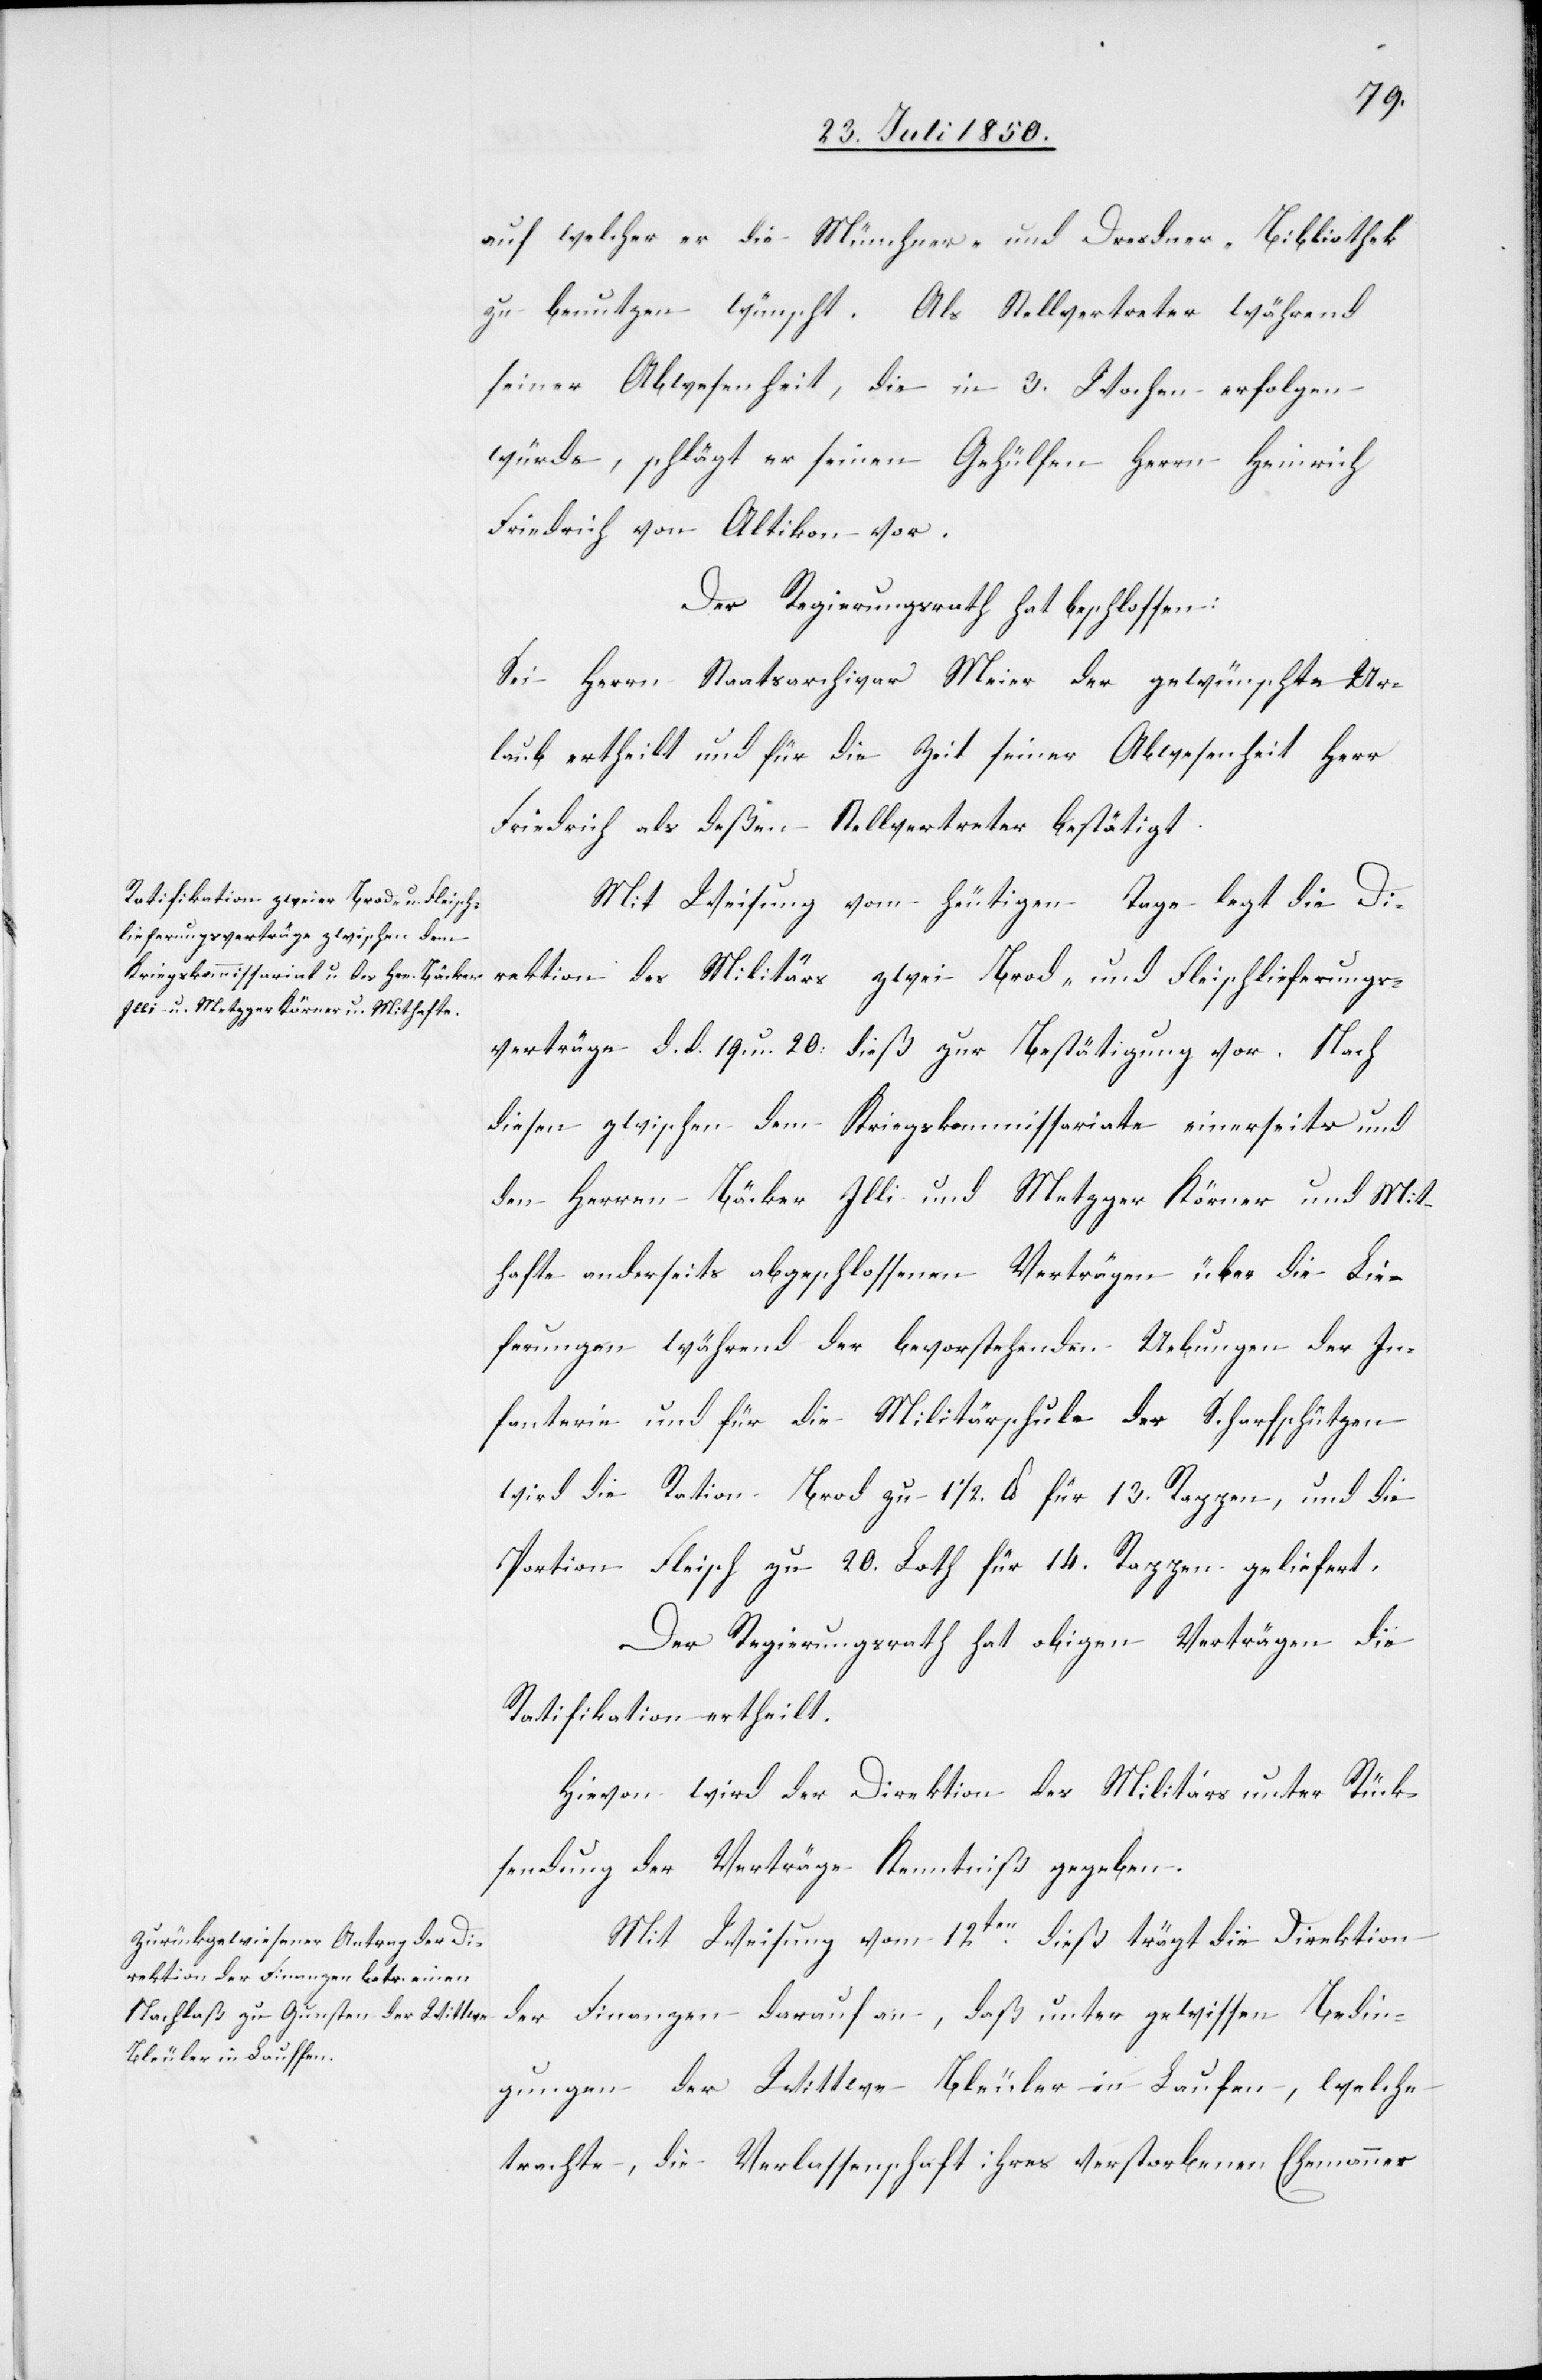
auf welcher er die Münchner- und Dresdner-Bibliothek
zu benutzen wünscht. Als Stellvertreter während
seiner Abwesenheit, die in 3. Wochen erfolgen
würde, schlägt er seinen Gehülfen Herrn Heinrich
Friedrich von Altikon vor.
Der Regierungsrath hat beschlossen:
Sei Herrn Staatsarchivar Meier der gewünschte Ur¬
laub ertheilt und für die Zeit seiner Abwesenheit Herr
Friedrich als deßen Stellvertreter bestätigt.
Mit Weisung vom heutigen Tage legt die Di¬
rektion des Militärs zwei Brod- und Fleischlieferungs¬
verträge d. d. 19. u. 20. dieß zur Bestätigung vor. Nach
diesen zwischen dem Kriegskommissariate einerseits und
den Herren Bäcker Illi und Metzger Körner und Mit¬
hafte anderseits abgeschlossenen Verträgen über die Lie¬
ferung während der bevorstehenden Uebungen der In¬
fanterie und für die Militärschule der Scharfschützen
wird die Ration Brod zu 1 1/2. lb. für 13. Rappen, und die
Portion Fleisch zu 20. Loth für 14. Rappen geliefert.
Der Regierungsrath hat obigen Verträgen die
Ratifikation ertheilt.
Hievon wird der Direktion des Militärs unter Rück¬
sendung der Verträge Kenntniß gegeben.
Mit Weisung vom 12ten dieß trägt die Direktion
der Finanzen darauf an, daß unter gewissen Bedin¬
gungen der Wittwe Bleuler in Laufen, welche
trachte, die Verlassenschaft ihres verstorbenen Ehemannes